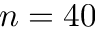
n = 4 0